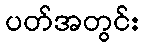
ပတ်အတွင်း